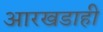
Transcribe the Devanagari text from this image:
आरखडाही